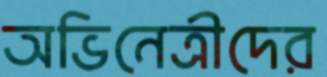
অভিনেত্রীদের